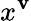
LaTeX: x^{\mathbf{v}}